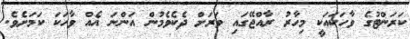
ކަރަންޓުގެ ވާހަކައަކީ މިހާރު ރާއްޖޭގައި ވަރަށް ދެކެވެމުން އަންނަ އެއް ވާހަކަ ކަމަށެވެ.